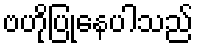
ဗဟိုပြုနေပါသည်